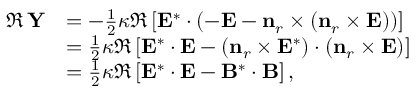
\begin{array} { r l } { \Re \, \mathbf { Y } } & { = - \frac { 1 } { 2 } \boldsymbol { \kappa } \Re \left[ \mathbf { E } ^ { * } \cdot \left( - \mathbf { E } - \mathbf { n } _ { r } \times \left( \mathbf { n } _ { r } \times \mathbf { E } \right) \right) \right] } \\ & { = \frac { 1 } { 2 } \boldsymbol { \kappa } \Re \left[ \mathbf { E } ^ { * } \cdot \mathbf { E } - \left( \mathbf { n } _ { r } \times \mathbf { E } ^ { * } \right) \cdot \left( \mathbf { n } _ { r } \times \mathbf { E } \right) \right] } \\ & { = \frac { 1 } { 2 } \boldsymbol { \kappa } \Re \left[ \mathbf { E } ^ { * } \cdot \mathbf { E } - \mathbf { B } ^ { * } \cdot \mathbf { B } \right] , } \end{array}